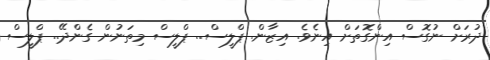
ދުރަށް ނުގޮސް އިންގޮތަށް އިނެވެ. އިޒާން. ޕްލީސް.. ޕްލީސް މިތަނުން ގެންދޭ.. ޕްލީސް